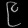
Digit: ၉